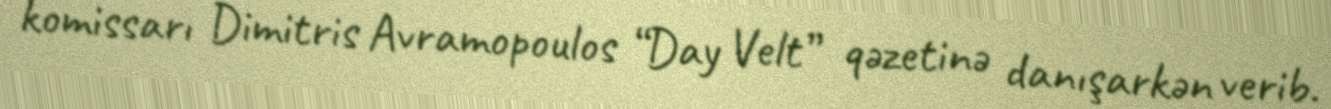
komissarı Dimitris Avramopoulos “Day Velt” qəzetinə danışarkən verib.